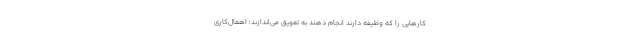
کارهایی را که وظیفه دارند انجام دهند به تعویق می‌اندازند؛ اهمال‌کاریِ